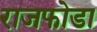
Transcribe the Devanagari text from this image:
राजफोडा